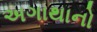
અગાથાનો